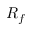
R _ { f }